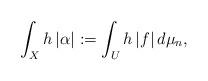
LaTeX: \begin{align*} \int_X h \, |\alpha| := \int_{U} h\,|f| \, d\mu_n ,\end{align*}